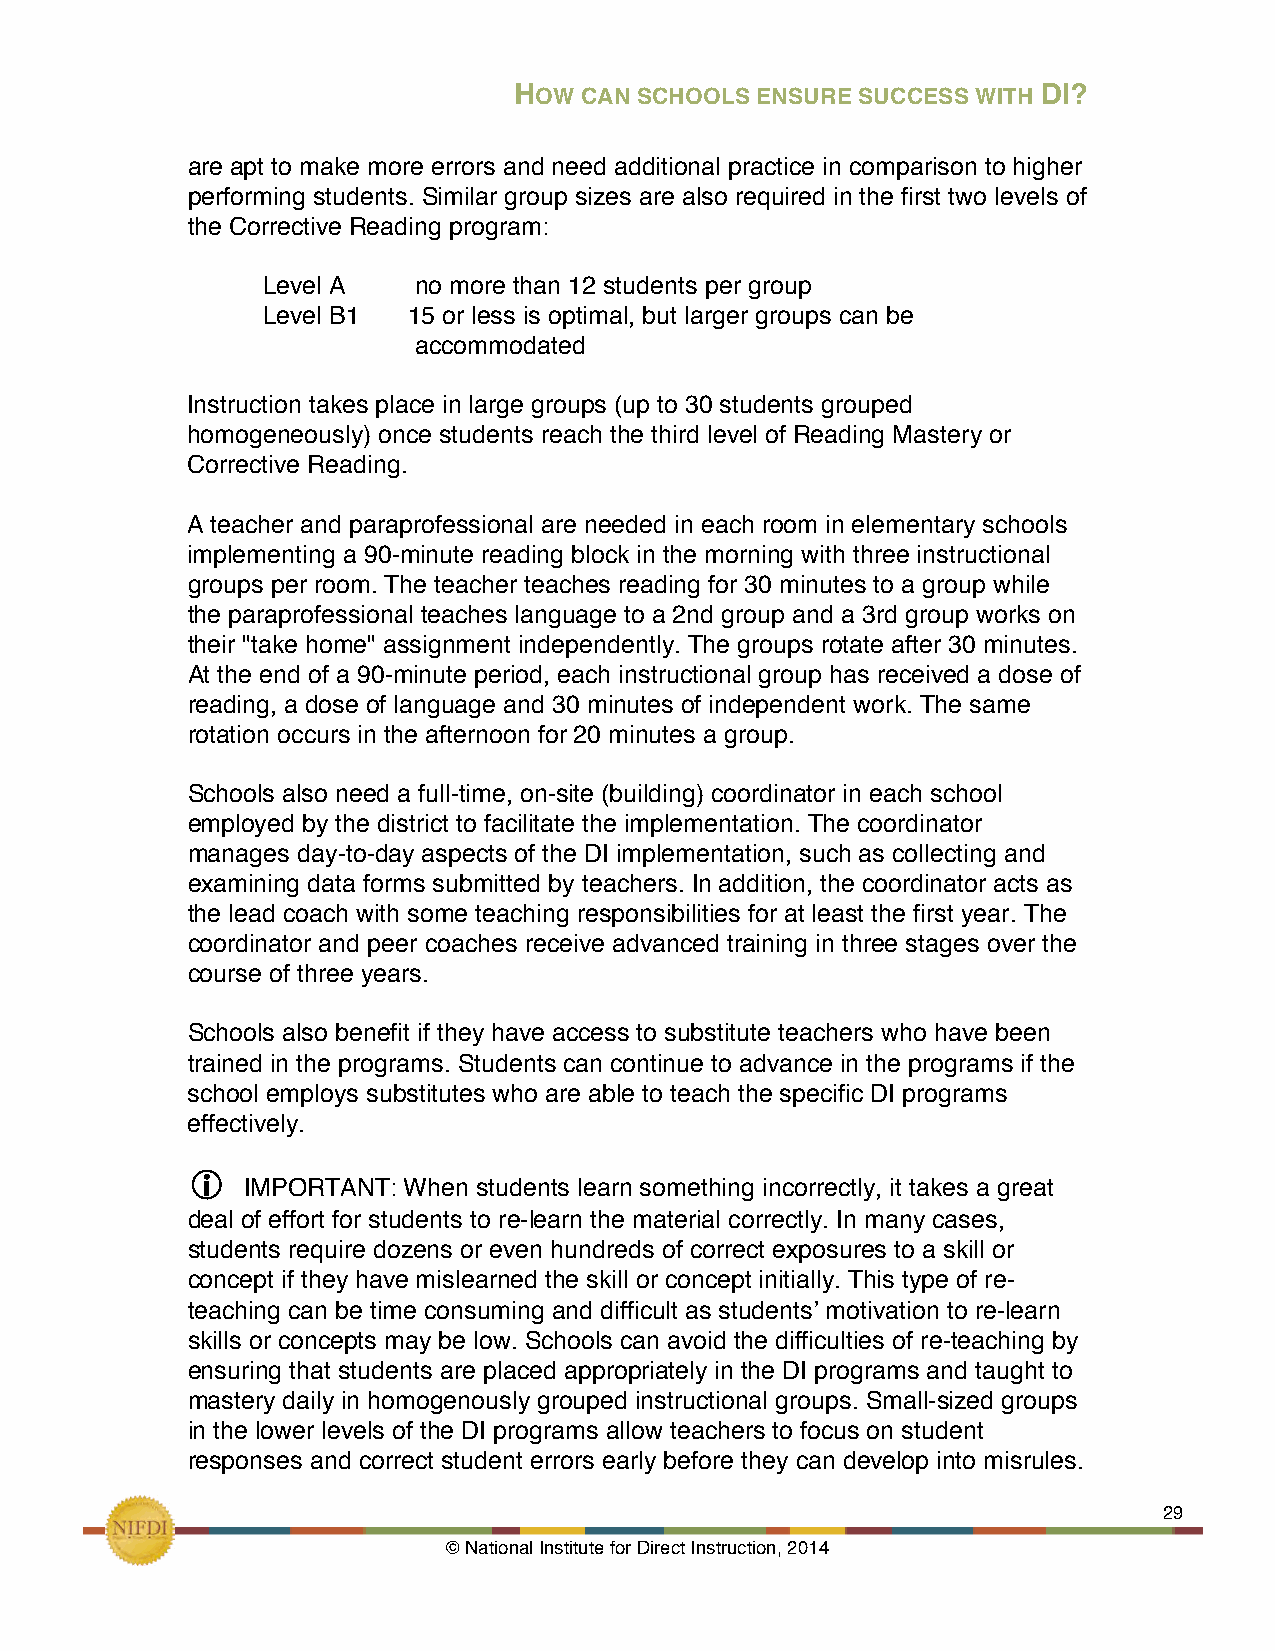
HOW CAN SCHOOLS ENSURE SUCCESS WITH DI?
 are apt to make more errors and need additional practice in comparison to higher
 performing students. Similar group sizes are also required in the first two levels of
 the Corrective Reading program:
 Level A   no more than 12 students per group
 Level B1  15 or less is optimal, but larger groups can be
 accommodated
 Instruction takes place in large groups (up to 30 students grouped
 homogeneously) once students reach the third level of Reading Mastery or
 Corrective Reading.
 A teacher and paraprofessional are needed in each room in elementary schools
 implementing a 90-minute reading block in the morning with three instructional
 groups per room. The teacher teaches reading for 30 minutes to a group while
 the paraprofessional teaches language to a 2nd group and a 3rd group works on
 their "take home" assignment independently. The groups rotate after 30 minutes.
 At the end of a 90-minute period, each instructional group has received a dose of
 reading, a dose of language and 30 minutes of independent work. The same
 rotation occurs in the afternoon for 20 minutes a group.
 Schools also need a full-time, on-site (building) coordinator in each school
 employed by the district to facilitate the implementation. The coordinator
 manages day-to-day aspects of the DI implementation, such as collecting and
 examining data forms submitted by teachers. In addition, the coordinator acts as
 the lead coach with some teaching responsibilities for at least the first year. The
 coordinator and peer coaches receive advanced training in three stages over the
 course of three years.
 Schools also benefit if they have access to substitute teachers who have been
 trained in the programs. Students can continue to advance in the programs if the
 school employs substitutes who are able to teach the specific DI programs
 effectively.
 
 IMPORTANT: When students learn something incorrectly, it takes a great
 deal of effort for students to re-learn the material correctly. In many cases,
 students require dozens or even hundreds of correct exposures to a skill or
 concept if they have mislearned the skill or concept initially. This type of re-
 teaching can be time consuming and difficult as students’ motivation to re-learn
 skills or concepts may be low. Schools can avoid the difficulties of re-teaching by
 ensuring that students are placed appropriately in the DI programs and taught to
 mastery daily in homogenously grouped instructional groups. Small-sized groups
 in the lower levels of the DI programs allow teachers to focus on student
 responses and correct student errors early before they can develop into misrules.
 !                                                             29
 © National Institute for Direct Instruction, 2014!